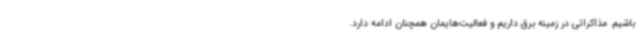
باشیم. مذاکراتی در زمینه برق داریم و فعالیت‌هایمان همچنان ادامه دارد.